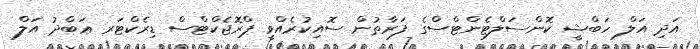
އަދި އަލް ހަބްޝީ ކޮންސަލްޓެންޓްސްގެ ފަރާތުން ސޮއިކުރެއްވީ ޕްރޮޖެކްޓްސް ޑިރެކްޓަރ ޢަބްދު އަލް